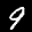
Label: 9